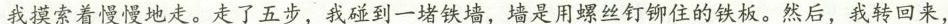
我摸索着慢慢地走。走了五步，我碰到一堵铁墙，墙是用螺丝钉铆住的铁板。然后，我转回来，